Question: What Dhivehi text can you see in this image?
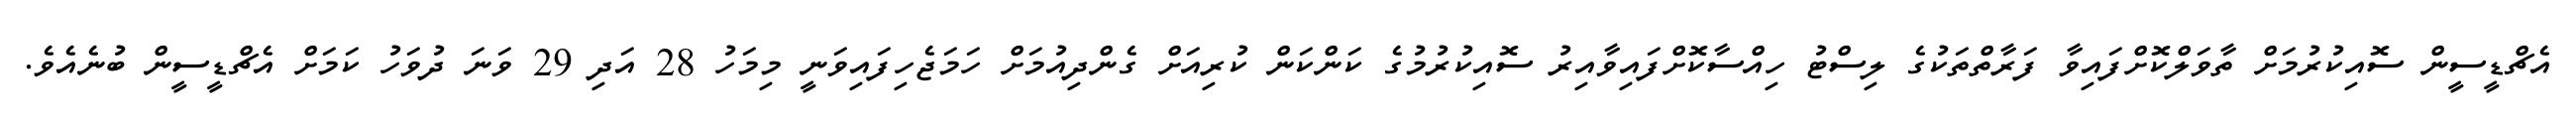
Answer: އެޗްޑީސީން ސޮއިކުރުމަށް ތާވަލްކޮށްފައިވާ ފަރާތްތަކުގެ ލިސްޓު ހިއްސާކޮށްފައިވާއިރު ސޮއިކުރުމުގެ ކަންކަން ކުރިއަށް ގެންދިއުމަށް ހަމަޖެހިފައިވަނީ މިމަހު 28 އަދި 29 ވަނަ ދުވަހު ކަމަށް އެޗްޑީސީން ބުނެއެވެ.